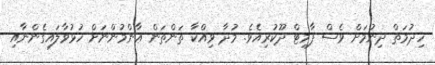
ހިދުމަތް ދިނުމަށް ވެސް ޕާމިޓް ދޫކުރިއެވެ. މުދާ ވިއްކާ ތަންތަން ޢާންމުންނަށް ހުޅުވާލައިގެންނާއި